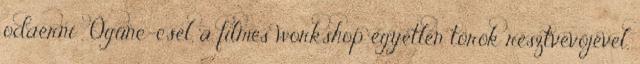
odaérni , Ögünc-csel, a filmes workshop egyetlen török résztvevőjével,